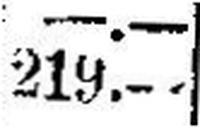
219.—